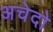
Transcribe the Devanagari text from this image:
अचेदो